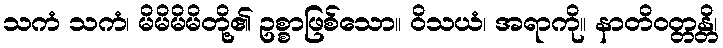
သကံ သကံ၊ မိမိမိမိတို့၏ ဥစ္စာဖြစ်သော။ ဝိသယံ၊ အရာကို။ နာတိဝတ္တန္တိ၊